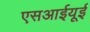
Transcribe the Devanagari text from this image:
एसआईयूई